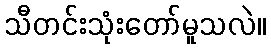
သီတင်းသုံးတော်မူသလဲ။